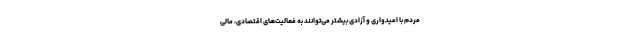
مردم با امیدواری و آزادی بیشتر می‌توانند به فعالیت‌های اقتصادی، مالی